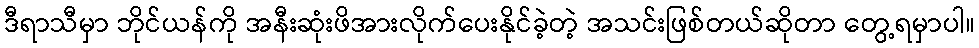
ဒီရာသီမှာ ဘိုင်ယန်ကို အနီးဆုံးဖိအားလိုက်ပေးနိုင်ခဲ့တဲ့ အသင်းဖြစ်တယ်ဆိုတာ တွေ့ရမှာပါ။